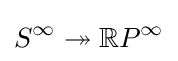
S^{\infty }\twoheadrightarrow \mathbb {R} P^{\infty }